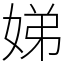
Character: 娣